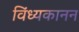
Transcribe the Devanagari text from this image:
विंध्यकानन